Vaccination in the Punjab 1905-1918 - 1905-1918
Year: 1905
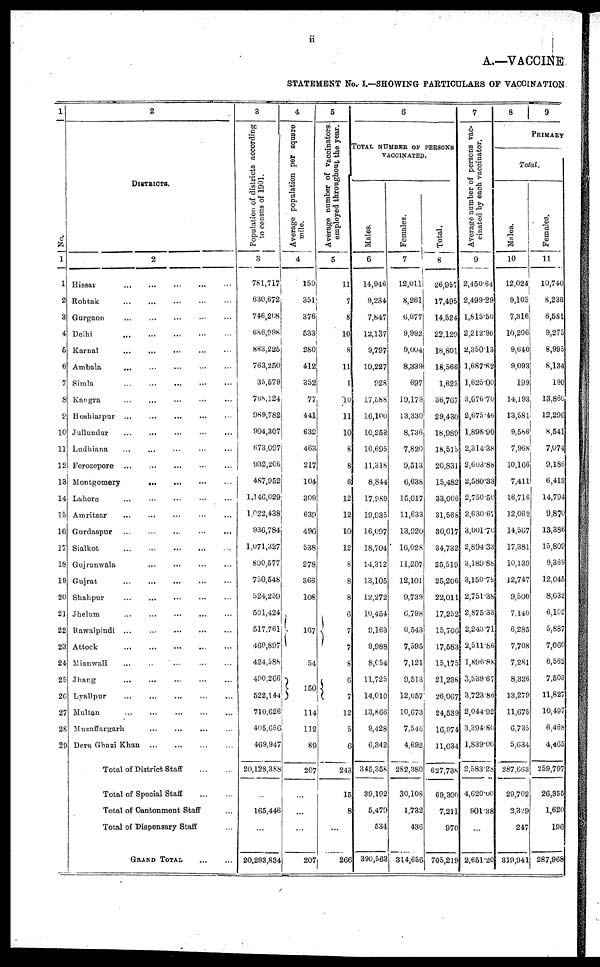
ii
A.—VACCINE
STATEMENT No.I.—SHOWING PARTICULARS OF VACCINATION
1
No.
1
1
2
3
4
5
6
7
8
9
10
11
12
13
14
15
16
17
18
19
20
21
22
23
24
25
26
27
28
29
2
DISTRICTS.
2
Hissar ... ... ... ... ...
Rohtak ... ... ... ... ...
Gurgaon ... ... ... ...
Delhi
...
...
...
...
Karnal ... ... ... ...
Ambala ... ... ... ...
Simla ... ... ... ...
Kangra ... ... ... ...
Hoshiarpur
...
...
...
...
Jullundur ... ... ... ...
Ludhiana ... ... ... ...
Ferozepore ... ... ... ...
Montgomery
...
...
...
...
Lahore ... ... ... ...
Amritsar ... ... ... ...
Gurdaspur ... ... ... ...
Sialkot
...
...
...
...
Gujranwala ... ... ... ...
Gujrat ... ... ... ... ...
Shahpur
...
...
...
...
...
Jhelum ... ... ... ... ...
Rawalpindi ... ... ... ...
Attock
...
...
...
...
...
Mianwali ... ... ... ...
Jhang ... ... ... ... ...
Lyallpur ... ... ... ... ...
Multan
...
...
...
...
...
Muzaffargarh ... ... ...
Dera Ghazi Khan
...
...
...
Total of District Staff
...
...
Total of Special Staff
...
...
Total of Cantonment Staff ...
Total of Dispensary Staff ...
GRAND TOTAL
...
...
3
Population of districts according
to census of 1901.
3
781,717
630,672
746,208
686,998
883,225
763,250
35,579
768,124
989,782
904,307
673,097
932,206
487,952
1,146,029
1,022,438
936,784
1,071,327
890,577
750,548
524,259
501,424
517,761
460,897
424,588
490,266
522,144
710,626
405,656
469,947
20,128,388
...
165,446
...
20,293,834
4
Average population per square
mile.
4
150
351
376
533
280
412
352
77
441
632
463
217
104
309
639
496
538
278
366
108
167
54
150
114
112
89
207
...
...
...
207
5
Average number of vaccinators.
employed throughout the year.
5
11
7
8
10
8
11
1
10
11
10
8
8
6
12
12
10
12
8
8
8
6
7
7
8
6
7
12
5
6
243
15
8
...
266
6
TOTAL NUMBER OF PERSONS
VACCINATED.
Males.
6
14,946
9,234
7,847
12,137
9,797
10,227
928
17,588
16,100
10,253
10,695
11,318
8,844
17,989
19,935
16,097
18,704
14,312
13,105
12,272
10,454
9,163
9,988
8,054
11,725
14,010
13,866
9,428
6,342
345,358
39,192
5,479
534
390,563
Females.
7
12,011
8,261
6,677
9,992
9,004
8,339
697
19,179
13,330
8,736
7,820
9,513
6,638
15,017
11,633
13,920
16,028
11,207
12,101
9,739
6,798
6,543
7,595
7,121
9,513
12,057
10,673
7,546
4,692
282,380
30,108
1,732
436
314,656
Total.
8
26,957
17,495
14,524
22,129
18,801
18,566
1,625
36,767
29,430
18,989
18,515
20,831
15,482
33,006
31,568
30,017
34,732
25,519
25,206
22,011
17,252
15,706
17,583
15,175
21,238
26,067
24,539
16,974
11,034
627,738
69,300
7,211
970
705,219
7
Average number of persons vac-
cinated by each vaccinator.
9
2,450.64
2,499.29
1,815.50
2,212.90
2,350.13
1,687.82
1,625.00
3,076.70
2,675.46
1,898.90
2,314.38
2,603.88
2,580.33
2,750.50
2,630.67
3,001.70
2,894.33
3,189.88
3,150.75
2,751.38
2,875.33
2,243.71
2,511.86
1,896.88
3,539.67
3,723.86
2,044.92
3,394.80
1,839.00
2,583.28
4,620.00
901.38
...
2,651.20
8
9
PRIMARY
Total.
Males.
10
12,024
9,105
7,316
10,206
9,640
9,093
199
14,193
13,581
9,586
7,968
10,166
7,411
16,716
12,062
14,567
17,381
10,139
12,747
9,500
7,140
6,285
7,708
7,281
8,326
13,279
11,675
6,735
5,634
287,663
29,702
2,329
247
319,941
Females.
11
10,740
8,236
6,581
9,275
8,995
8,134
190
13,860
12,296
8,541
7,074
9,186
6,413
14,794
9,870
13,386
15,809
9,369
12,045
8,632
6,102
5,887
7,060
6,562
7,503
11,827
10,497
6,468
4,465
259,797
26,355
1,620
196
287,968